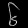
Digit: ၆